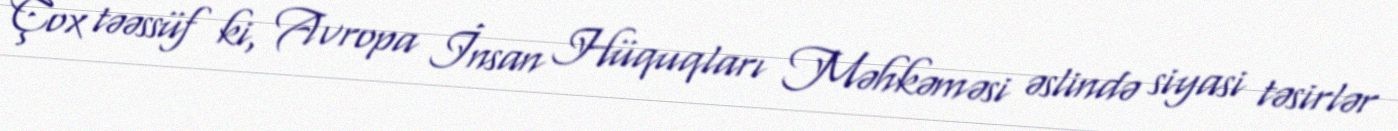
Çox təəssüf ki, Avropa İnsan Hüquqları Məhkəməsi əslində siyasi təsirlər